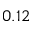
0 . 1 2